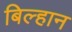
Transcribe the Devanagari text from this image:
बिल्हान